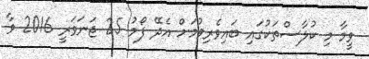
ވީމާ މި ކުލާސްތަކުގައި ބައިވެރިވުމަށް އެދޭ ފޯމު 25 ޖަނަވަރީ 2016 ވާ